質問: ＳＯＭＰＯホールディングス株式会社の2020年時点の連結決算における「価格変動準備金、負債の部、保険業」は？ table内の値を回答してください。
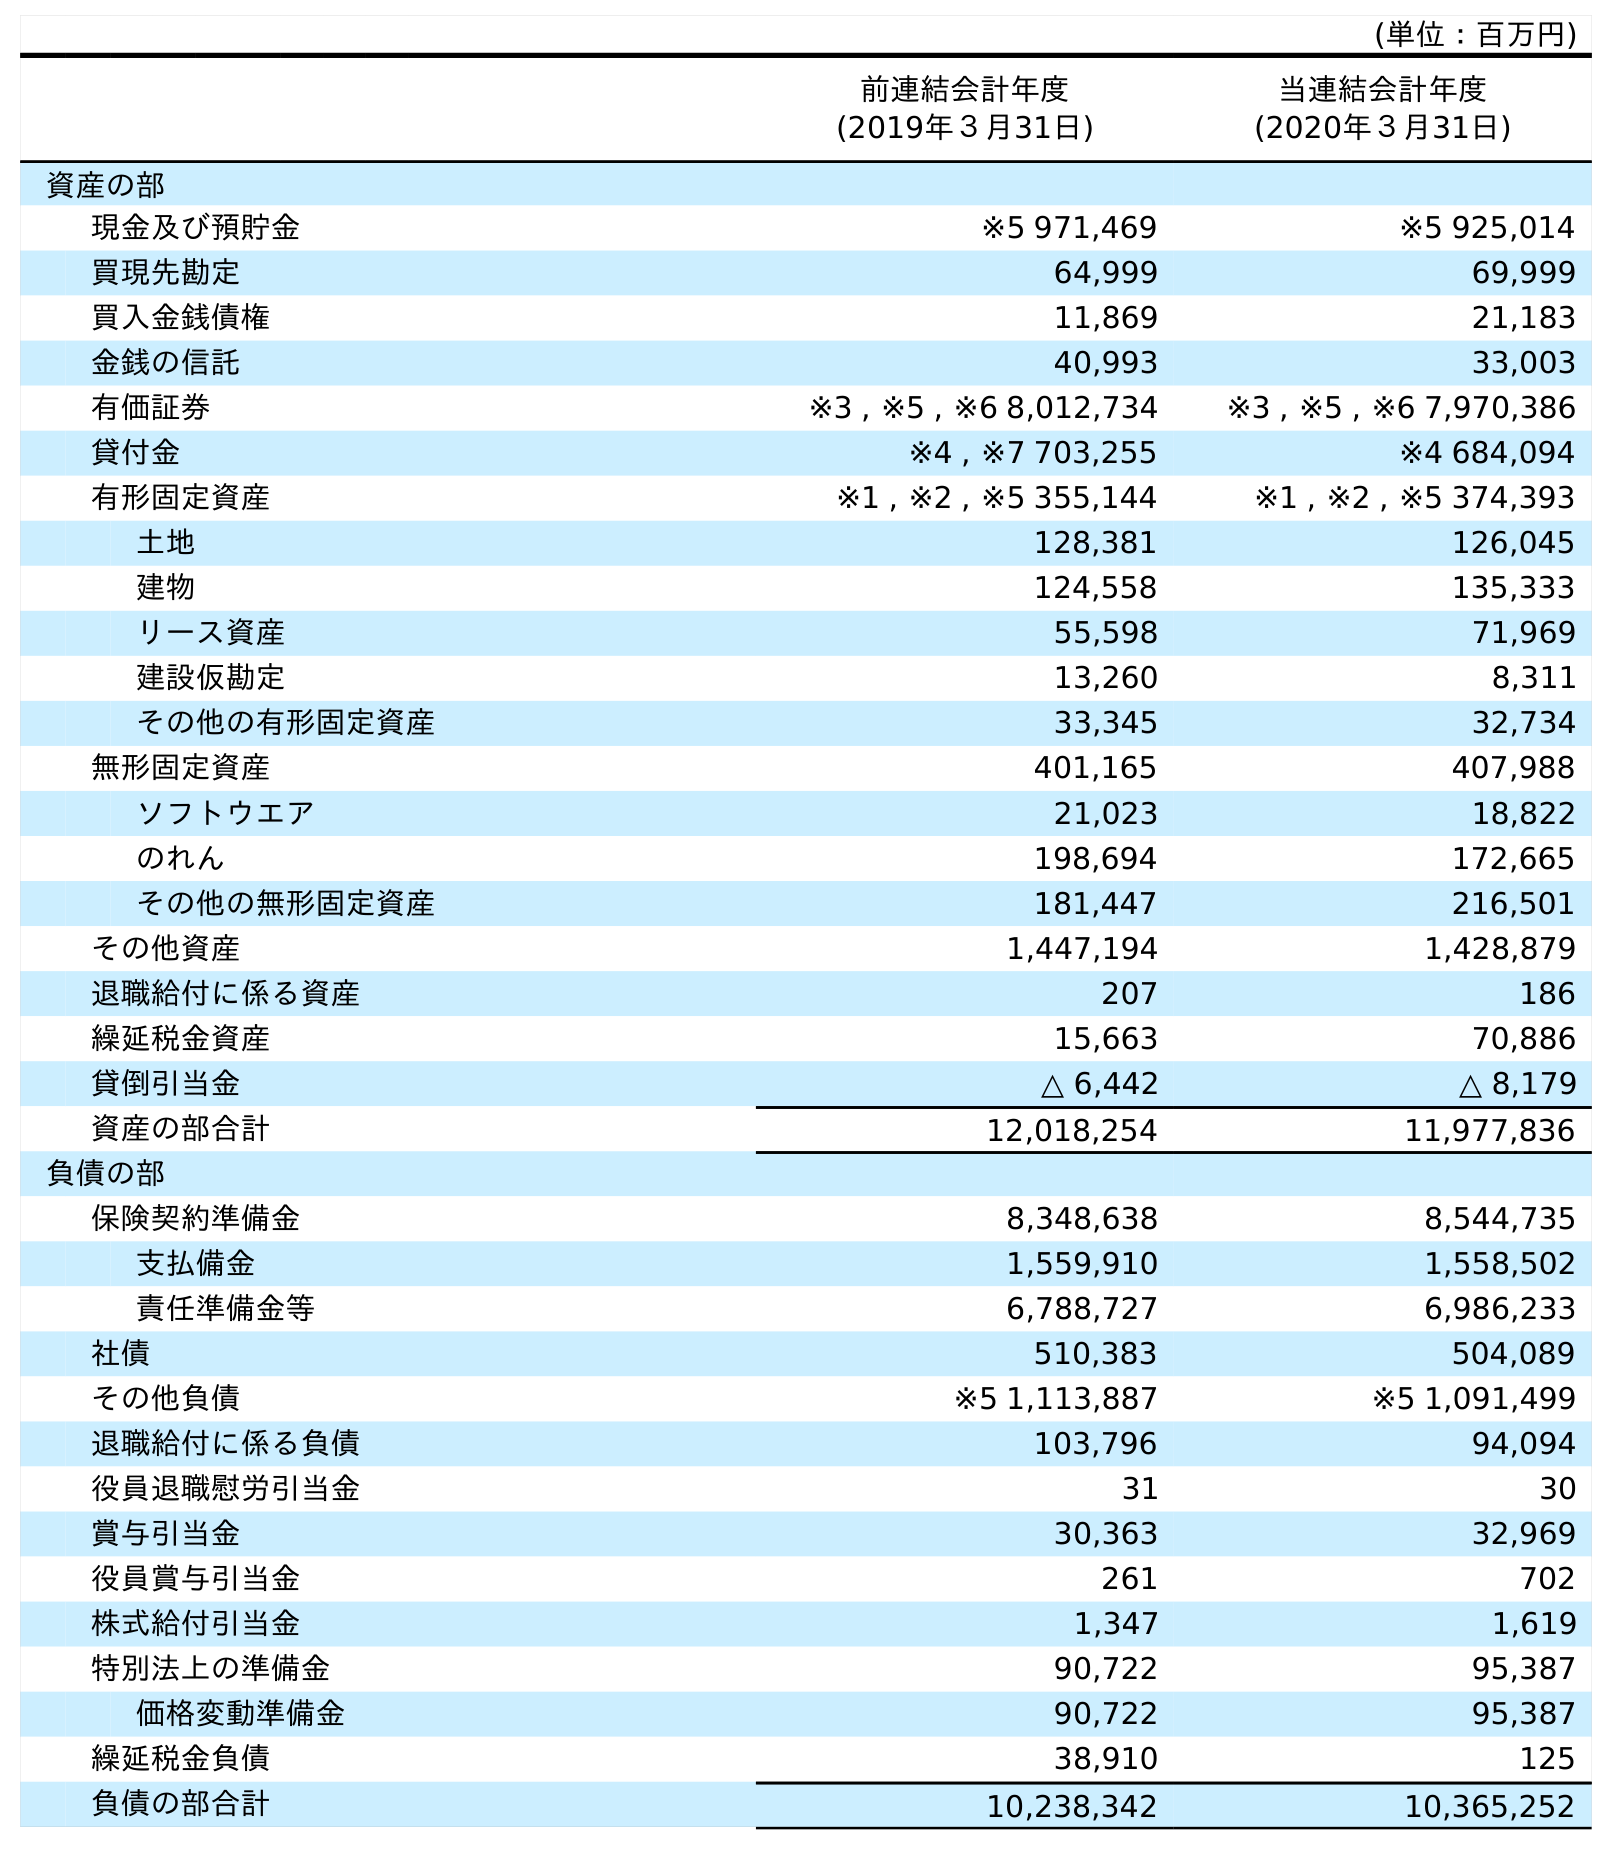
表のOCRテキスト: (単位：百万円) 前連結会計年度 (2019年３月31日) 当連結会計年度 (2020年３月31日) 資産の部 現金及び預貯金 ※5 971,469 ※5 925,014 買現先勘定 64,999 69,999 買入金銭債権 11,869 21,183 金銭の信託 40,993 33,003 有価証券 ※3 , ※5 , ※6 8,012,734 ※3 , ※5 , ※6 7,970,386 貸付金 ※4 , ※7 703,255 ※4 684,094 有形固定資産 ※1 , ※2 , ※5 355,144 ※1 , ※2 , ※5 374,393 土地 128,381 126,045 建物 124,558 135,333 リース資産 55,598 71,969 建設仮勘定 13,260 8,311 その他の有形固定資産 33,345 32,734 無形固定資産 401,165 407,988 ソフトウエア 21,023 18,822 のれん 198,694 172,665 その他の無形固定資産 181,447 216,501 その他資産 1,447,194 1,428,879 退職給付に係る資産 207 186 繰延税金資産 15,663 70,886 貸倒引当金 △ 6,442 △ 8,179 資産の部合計 12,018,254 11,977,836 負債の部 保険契約準備金 8,348,638 8,544,735 支払備金 1,559,910 1,558,502 責任準備金等 6,788,727 6,986,233 社債 510,383 504,089 その他負債 ※5 1,113,887 ※5 1,091,499 退職給付に係る負債 103,796 94,094 役員退職慰労引当金 31 30 賞与引当金 30,363 32,969 役員賞与引当金 261 702 株式給付引当金 1,347 1,619 特別法上の準備金 90,722 95,387 価格変動準備金 90,722 95,387 繰延税金負債 38,910 125 負債の部合計 10,238,342 10,365,252
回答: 95,387